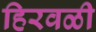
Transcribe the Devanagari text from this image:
हिरवळी